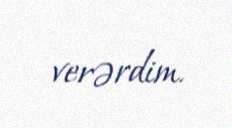
verərdim.